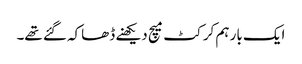
ایک بار ہم کرکٹ میچ دیکھنے ڈھاکہ گئے تھے۔